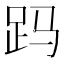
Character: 𲃖